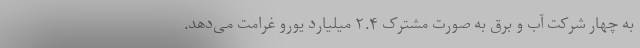
به چهار شرکت آب و برق به صورت مشترک ۲.۴ میلیارد یورو غرامت می‌دهد.